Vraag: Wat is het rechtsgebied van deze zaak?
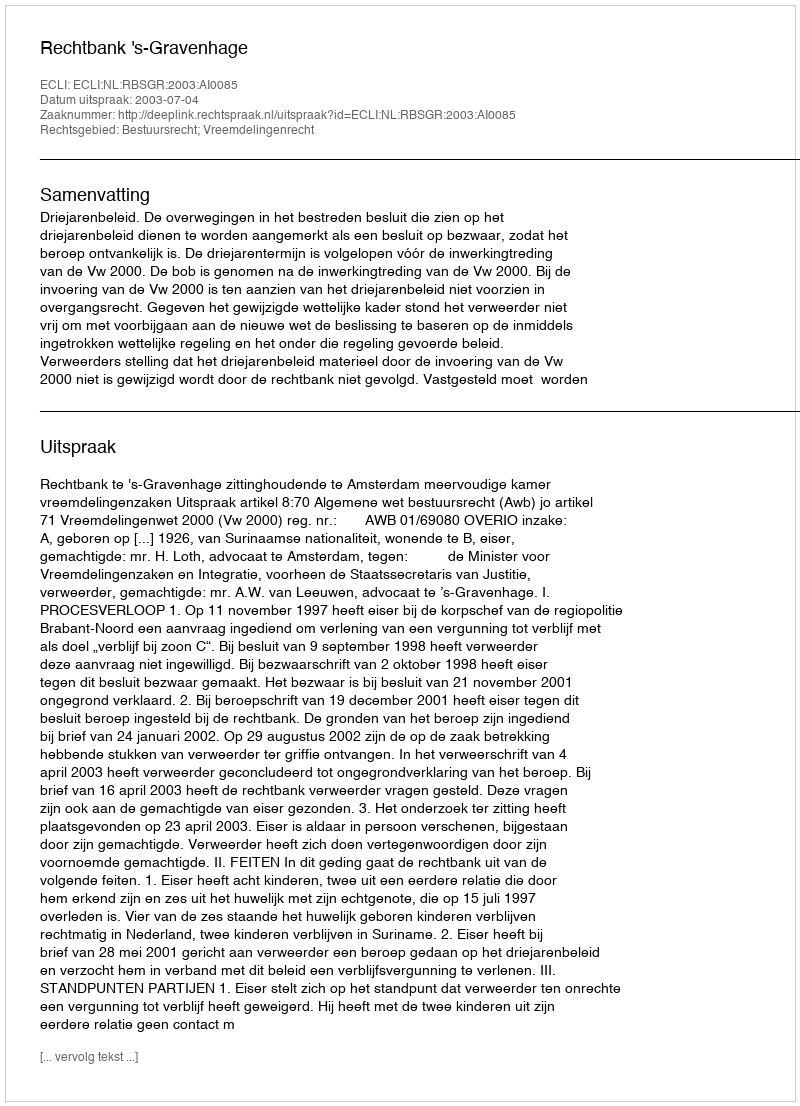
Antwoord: Bestuursrecht; Vreemdelingenrecht